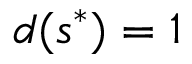
d ( s ^ { * } ) = 1